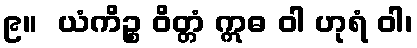
၉။  ယံကိဉ္စ ဝိတ္တံ ဣဓ ဝါ ဟုရံ ဝါ၊